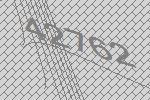
42762